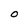
Character: O